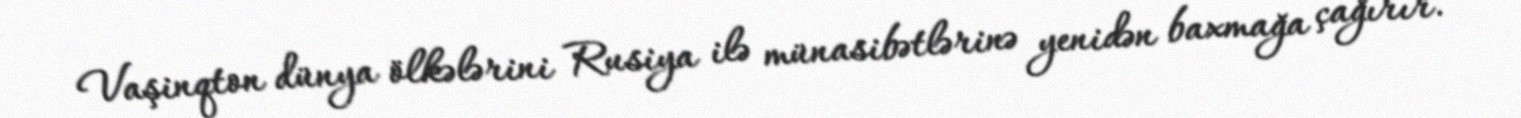
Vaşinqton dünya ölkələrini Rusiya ilə münasibətlərinə yenidən baxmağa çağırır.